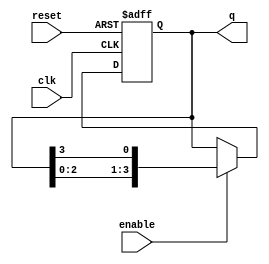
module ring_counter (
    input wire clk,          // Clock input
    input wire reset,        // Asynchronous reset
    input wire enable,       // Clock enable
    output reg [N-1:0] q     // Output of the ring counter
);
    parameter N = 4;         // Number of flip-flops (states)

    // Initial state
    initial begin
        q = 1'b1;            // Start with the first flip-flop set to '1'
    end

    always @(posedge clk or posedge reset) begin
        if (reset) begin
            q <= 1'b1;       // Reset to initial state
        end else if (enable) begin
            q <= {q[N-2:0], q[N-1]}; // Shift left: move '1' to the next position
        end
    end
endmodule